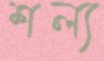
শল্য